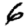
Digit: 6